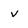
Character: v